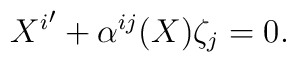
{X^i}'+\alpha^{ij}(X)\zeta_j=0.